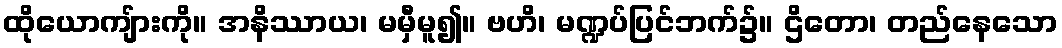
ထိုယောကျ်ားကို။ အနိဿာယ၊ မမှီမူ၍။ ဗဟိ၊ မဏ္ဍပ်ပြင်ဘက်၌။ ဌိတော၊ တည်နေသော